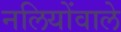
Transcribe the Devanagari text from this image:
नलियोंवाले